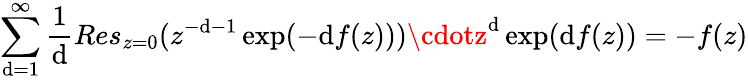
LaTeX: \sum_{\mathrm{d}=1}^{\infty}\frac{{1}}{{\mathrm{d}}}Res_{z=0}(z^{-\mathrm{d}-1}\exp(-\mathrm{d}f(z)))\cdotz^{\mathrm{d}}\exp(\mathrm{d}f(z))=-f(z)